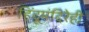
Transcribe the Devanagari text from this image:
हिंदूमंदिरेही